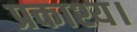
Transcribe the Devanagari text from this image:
प्रकाश्य।